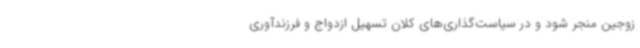
زوجین منجر شود و در سیاست‌گذاری‌های کلان تسهیل ازدواج و فرزندآوری